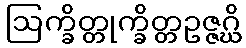
ဩက္ခိတ္တုက္ခိတ္တဥဇ္ဇဂ္ဃိ